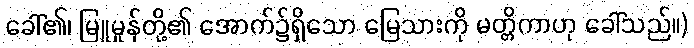
ခေါ်၏၊ မြူမှုန်တို့၏ အောက်၌ရှိသော မြေသားကို မတ္တိကာဟု ခေါ်သည်။)